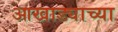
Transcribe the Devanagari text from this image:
आखाड्याच्या